Source: Handwritten
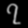
Digit: ၇ (7)